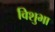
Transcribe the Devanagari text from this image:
विशुभा